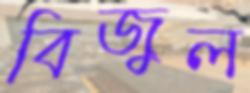
বিজুল